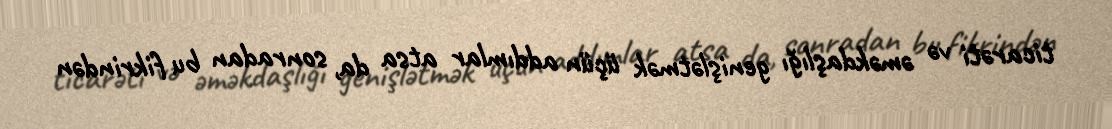
ticarəti və əməkdaşlığı genişlətmək üçün addımlar atsa da, sonradan bu fikrindən